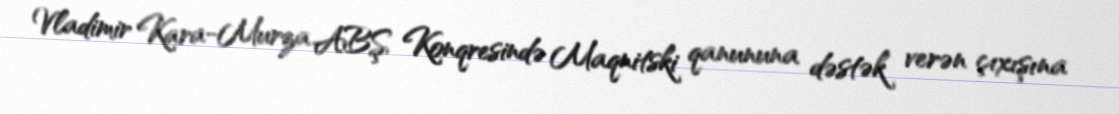
Vladimir Kara-Murza ABŞ Konqresində Maqnitski qanununa dəstək verən çıxışına